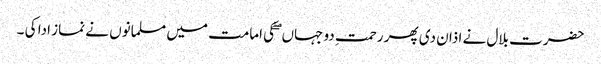
حضرت بلال نے اذان دی پھر رحمتِ دو جہاں ۖ کی امامت میں مسلمانوں نے نماز ادا کی ۔